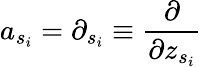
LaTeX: a_{s_{i}}=\partial_{s_{i}}\equiv\frac{\partial}{\partial z_{s_{i}}}